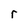
Character: r